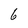
Character: 6